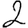
Digit: 2